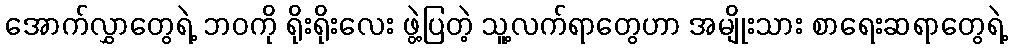
အောက်လွှာတွေရဲ့ ဘဝကို ရိုးရိုးလေး ဖွဲ့ပြတဲ့ သူ့လက်ရာတွေဟာ အမျိုးသား စာရေးဆရာတွေရဲ့